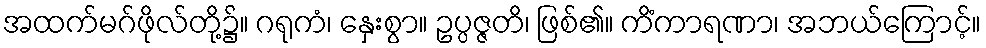
အထက်မဂ်ဖိုလ်တို့၌။ ဂရုကံ၊ နှေးစွာ။ ဥပ္ပဇ္ဇတိ၊ ဖြစ်၏။ ကိံကာရဏာ၊ အဘယ်ကြောင့်။